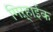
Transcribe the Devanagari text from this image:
गिऱ्हाईक